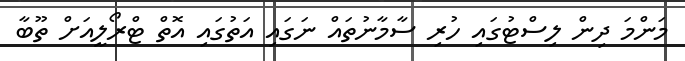
މަންމަ ދިން ލިސްޓުގައި ހުރި ސާމާނުތައް ނަގައި އަތުގައި އޮތް ޓްރޯލީއަށް ތޫބާ